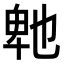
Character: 𭅤